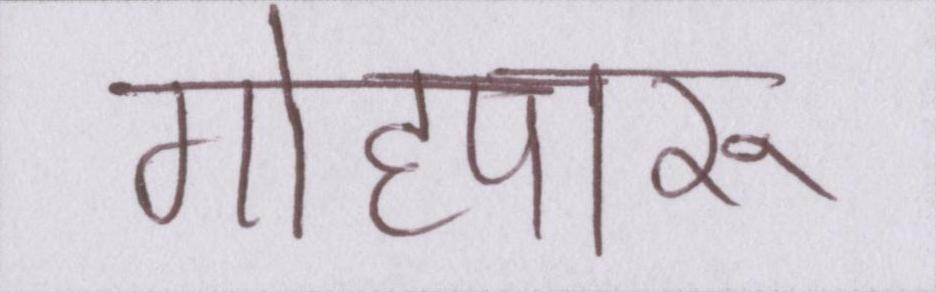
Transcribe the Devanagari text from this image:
गोहपारू